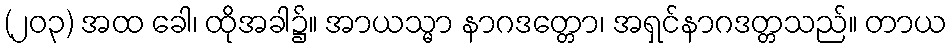
(၂၀၃) အထ ခေါ၊ ထိုအခါ၌။ အာယသ္မာ နာဂဒတ္တော၊ အရှင်နာဂဒတ္တသည်။ တာယ